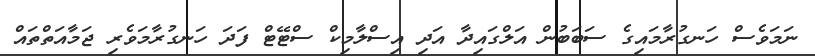
ނަމަވެސް ހަނގުރާމައިގެ ސަބަބުން އަލްގައިދާ އަދި އިސްލާމިކް ސްޓޭޓް ފަދަ ހަނގުރާމަވެރި ޖަމާއަތްތައް